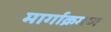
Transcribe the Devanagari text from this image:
मार्गाक्रमण